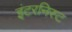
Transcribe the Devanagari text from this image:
इंटरनिस्ट